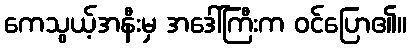
ကေသွယ့်အနီးမှ အဒေါ်ကြီးက ဝင်ပြော၏။